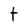
Character: f